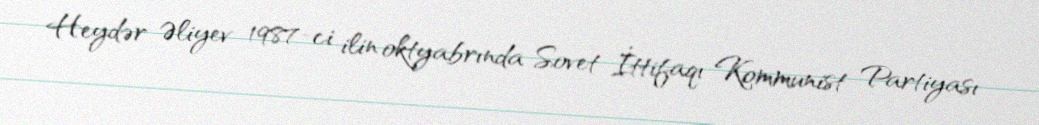
Heydər Əliyev 1987-ci ilin oktyabrında Sovet İttifaqı Kommunist Partiyası